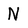
Character: N